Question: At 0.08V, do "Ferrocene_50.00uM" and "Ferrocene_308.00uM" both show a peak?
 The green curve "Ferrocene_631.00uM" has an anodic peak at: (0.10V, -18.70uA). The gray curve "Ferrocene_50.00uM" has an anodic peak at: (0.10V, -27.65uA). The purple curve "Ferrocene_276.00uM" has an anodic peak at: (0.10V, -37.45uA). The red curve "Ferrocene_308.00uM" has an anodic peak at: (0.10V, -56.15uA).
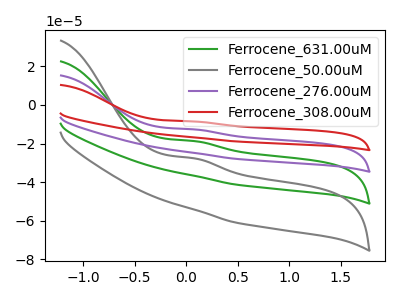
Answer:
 <answer>Yes, "Ferrocene_50.00uM" and "Ferrocene_308.00uM" share a peak at 0.08V.</answer>
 <eval>match</eval>